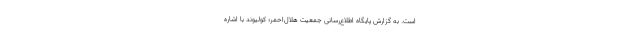
است. به گزارش پایگاه اطلاع‌رسانی جمعیت هلال‌احمر؛ کولیوند با اشاره